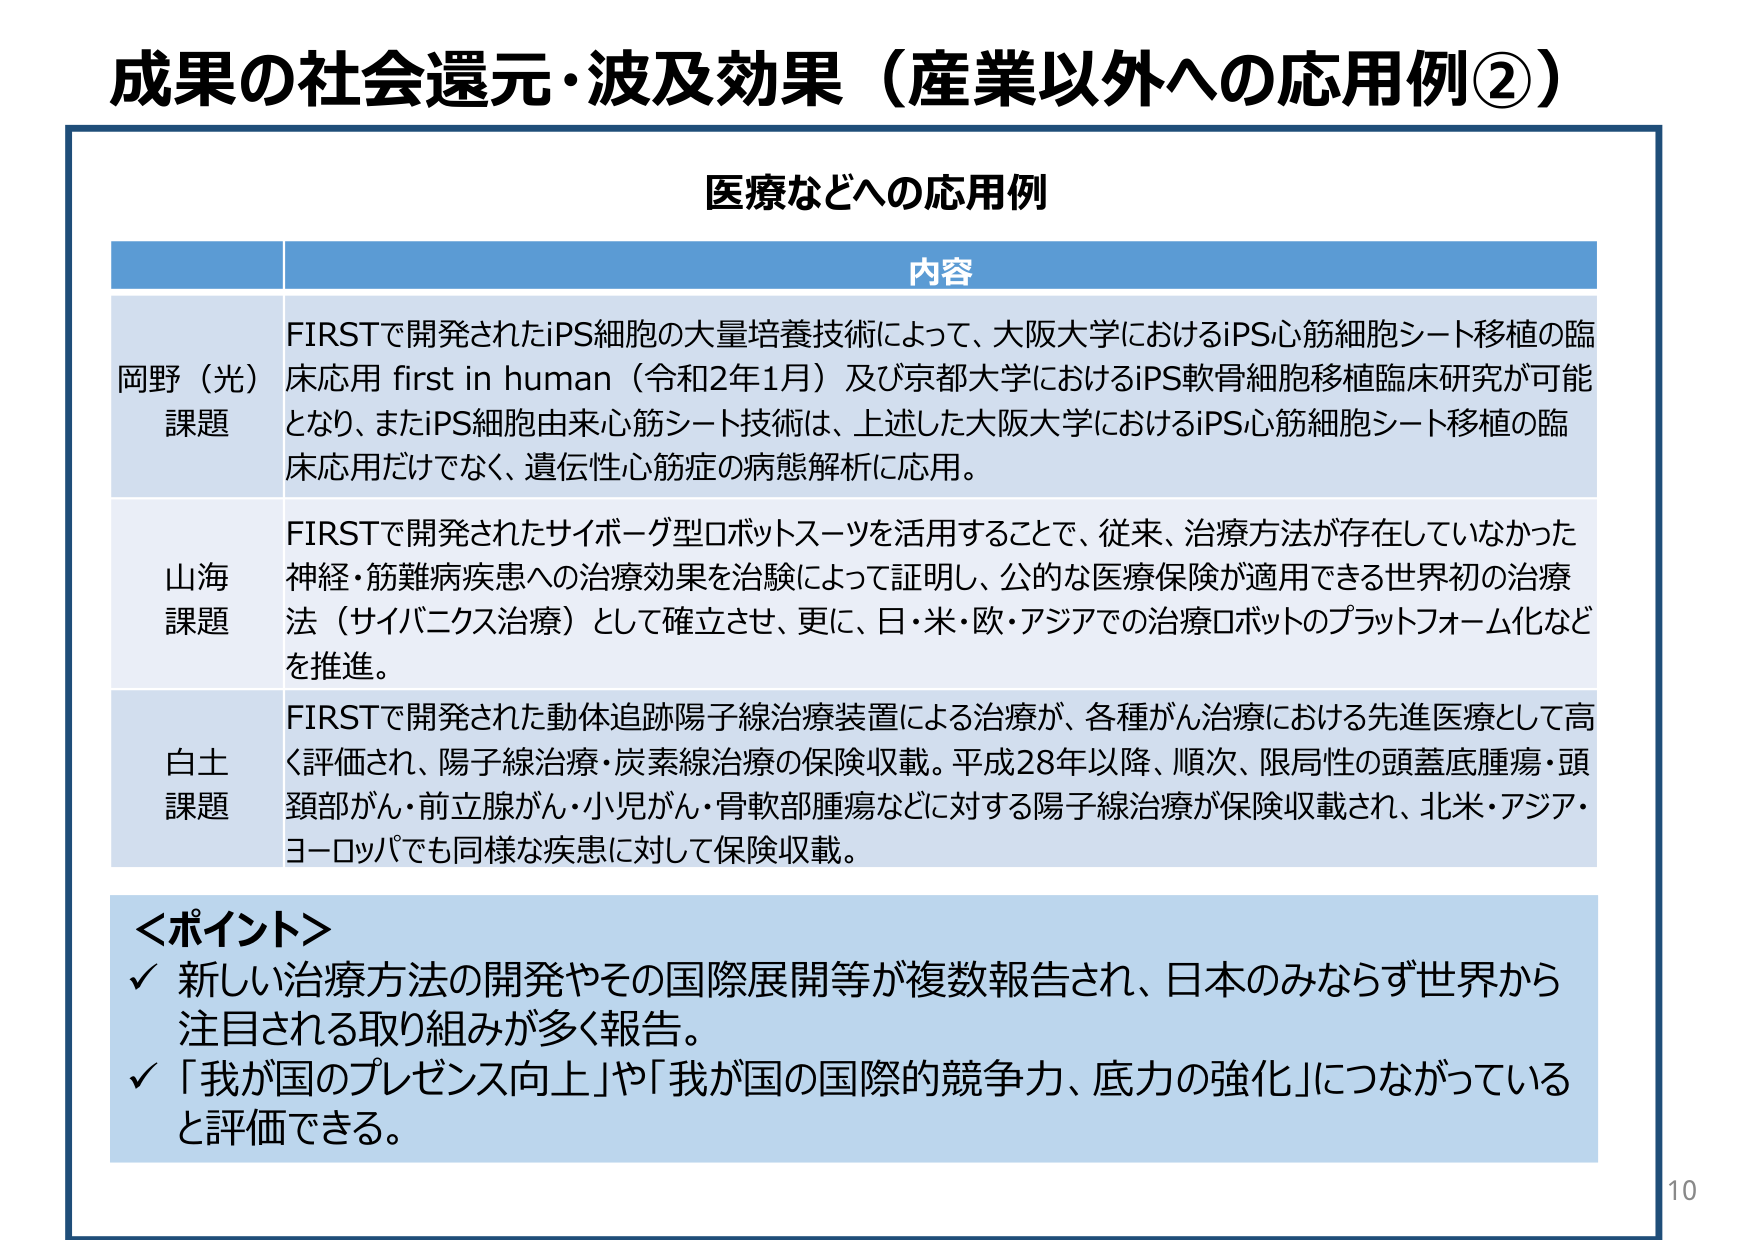
成果の社会還元・波及効果（産業以外への応用例②）

医療などへの応用例

内容

岡野（光）課題
FIRSTで開発されたiPS細胞の大量培養技術によって、大阪大学におけるiPS心筋細胞シート移植の臨床応用 first in human（令和2年1月）及び京都大学におけるiPS軟骨細胞移植臨床研究が可能となり、またiPS細胞由来心筋シート技術は、上述した大阪大学におけるiPS心筋細胞シート移植の臨床応用だけでなく、遺伝性心筋症の病態解析に応用。

山海課題
FIRSTで開発されたサイボーグ型ロボットスーツを活用することで、従来、治療方法が存在していなかった神経・筋難病疾患への治療効果を治験によって証明し、公的な医療保険が適用できる世界初の治療法（サイバニクス治療）として確立させ、更に、日・米・欧・アジアでの治療ロボットのプラットフォーム化などを推進。

白土課題
FIRSTで開発された動体追跡陽子線治療装置による治療が、各種がん治療における先進医療として高く評価され、陽子線治療・炭素線治療の保険収載。平成28年以降、順次、限局性の頭蓋底腫瘍・頭頸部がん・前立腺がん・小児がん・骨軟部腫瘍などに対する陽子線治療が保険収載され、北米・アジア・ヨーロッパでも同様な疾患に対して保険収載。

＜ポイント＞
✓ 新しい治療方法の開発やその国際展開等が複数報告され、日本のみならず世界から注目される取り組みが多く報告。
✓ 「我が国のプレゼンス向上」や「我が国の国際的競争力、底力の強化」につながっていると評価できる。

10